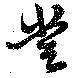
嘗